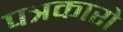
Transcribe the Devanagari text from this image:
पत्रकारो